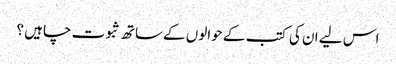
اس لیے ان کی کتب کے حوالوں کےساتھ ثبوت چاہیں ؟